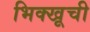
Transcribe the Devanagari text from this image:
भिक्खूची